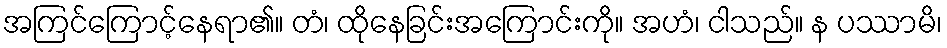
အကြင်ကြောင့်နေရာ၏။ တံ၊ ထိုနေခြင်းအကြောင်းကို။ အဟံ၊ ငါသည်။ န ပဿာမိ၊